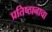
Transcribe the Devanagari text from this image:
प्रतिष्ठानाचा